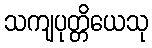
သကျပုတ္တိယေသု